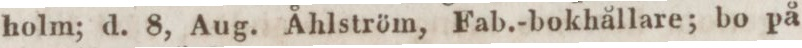
holm; d. 8, Aug. Åhlström, Fab.-bokhållare; bo på